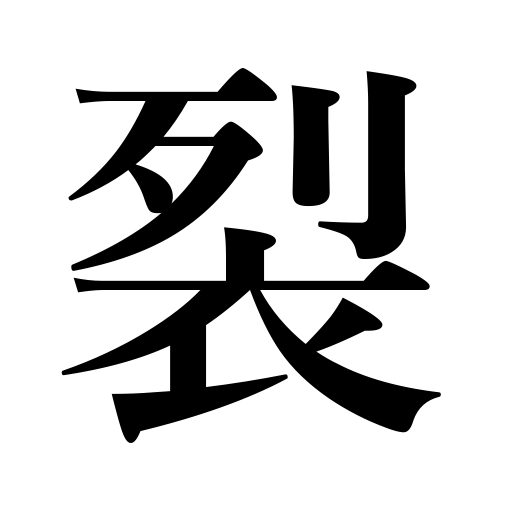
Meanings: split,rip,tear,crack,rend,burst